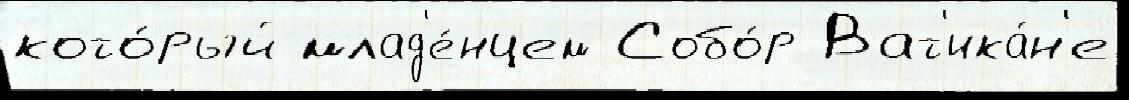
кото́рый млад'е́нцем Собо́р Ват'ика́н'е